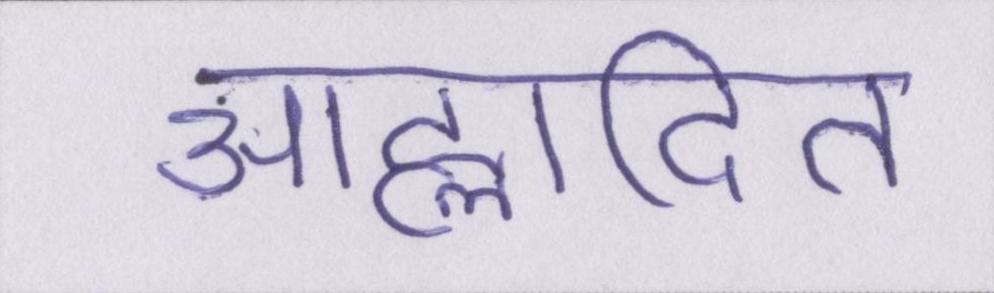
आह्लादित